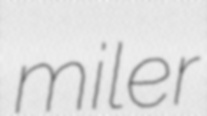
miler